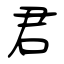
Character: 君